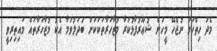
މެދު ހިތްހަމަ ނުޖެހޭ މީހުން ޝުޢޫރުފާޅުކުރާ މުޒާހަރާތަކަކަށް ބަދަލުވުމާ އެކު މުޒާހަރާތައް މައިިތިރިވީ